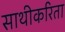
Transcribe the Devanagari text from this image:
साथीकरिता